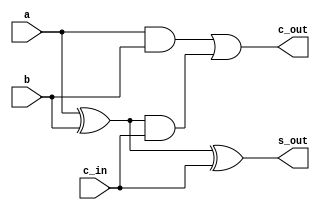
module full_adder (
	input a, b, c_in,
	output s_out, c_out
);
   wire w1, w2, w3;
	assign w1 = (a ^ b);
	assign w2 = (a & b);
	assign w3 = w1 & c_in;
	assign s_out =  w1 ^ c_in; // Sout = (A ^ B) ^ Cin
	assign c_out = w2 | w3; // cout = (A & B) | ((A ^ B) & Cin)
	
endmodule